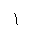
Letter: _alif